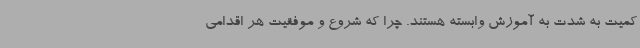
کمیت به شدت به آموزش وابسته هستند. چرا که شروع و موفقیت هر اقدامی